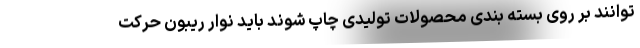
توانند بر روی بسته بندی محصولات تولیدی چاپ شوند باید نوار ریبون حرکت